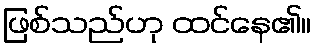
ဖြစ်သည်ဟု ထင်နေ၏။